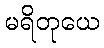
မရိတုယေ